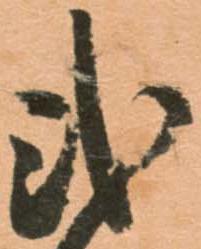
弐